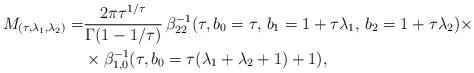
LaTeX: \begin{align*}M_{(\tau, \lambda_1, \lambda_2)} = & \frac{2\pi \tau^{1/\tau}}{\Gamma(1-1/\tau)} \,\beta^{-1}_{22}(\tau, b_0=\tau,\,b_1=1+\tau \lambda_1, \,b_2=1+\tau \lambda_2) \times \\ & \times\beta_{1,0}^{-1}(\tau, b_0=\tau(\lambda_1+\lambda_2+1)+1), \end{align*}